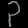
Digit: ၃